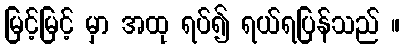
မြင့်မြင့် မှာ အထု ရပ်၍ ရယ်ရပြန်သည် ။